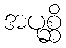
အပုစ္ဆိ